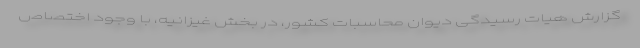
گزارش هیات رسیدگی دیوان محاسبات کشور، در بخش غیزانیه، با وجود اختصاص